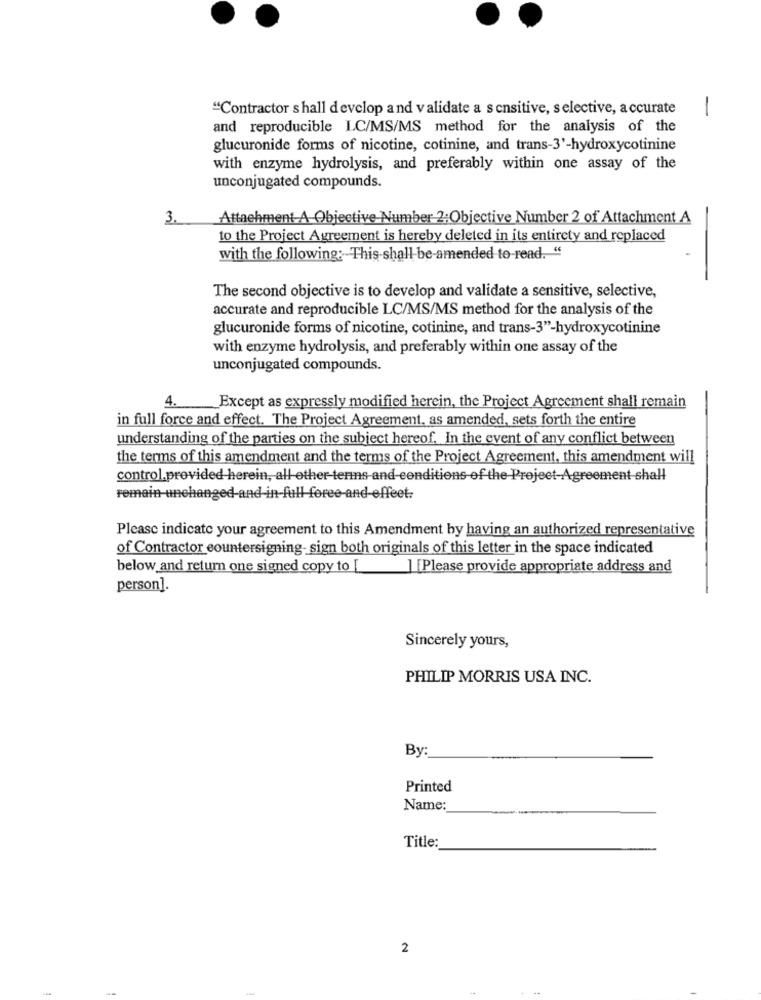
"Contractor shall develop and validate a sensitive, selective, accurate
-
and reproducible IC/MS/MS method for the analysis of the
glucuronide forms of nicotine, cotinine, and trans-3'-hydroxycotinine
with enzyme hydrolysis, and preferably within one assay of the
unconjugated compounds.
Attachment A Objective Number 2:Objective Number 2 of Attachment A
to the Project Agreement is hereby deleted in its entirety and replaced
with the following: This shall be-amended to-read. "
The second objective is to develop and validate a sensitive, selective,
accurate and reproducible LC/MS/MS method for the analysis of the
glucuronide forms of nicotine, cotinine, and trans-3"-hydroxycotinine
with enzyme hydrolysis, and preferably within one assay of the
unconjugated compounds.
4.
Except as expressly modified herein, the Project Agreement shall remain
in full force and effect. The Project Agreement, as amended, sets forth the entire
understanding of the parties on the subject hereof. In the event of any conflict between
the terms of this amendment and the terms of the Project Agreement, this amendment will
control.provided herein, all other-terms and conditions of the Project-Agreement shall
remain unchanged-and-in-full foree-and-effeet:
Please indicate your agreement to this Amendment by having an authorized representative
of Contractor countersigning- sign both originals of this letter in the space indicated
below and return one signed copy to [
| |Please provide appropriate address and
person].
Sincerely yours,
PHILIP MORRIS USA INC.
By:
Printed
Name:
Title:
2